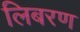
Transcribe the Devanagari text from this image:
लिबरण